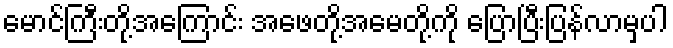
မောင်ကြီးတို့အကြောင်း အဖေတို့အမေတို့ကို ပြောပြီးပြန်လာမှပါ